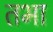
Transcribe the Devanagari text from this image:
तभा